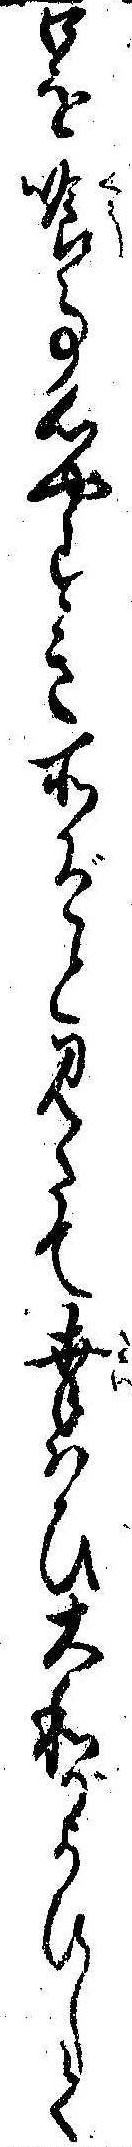
口を喰事心やすき所ぞと見たて幸はひ大和がよひして